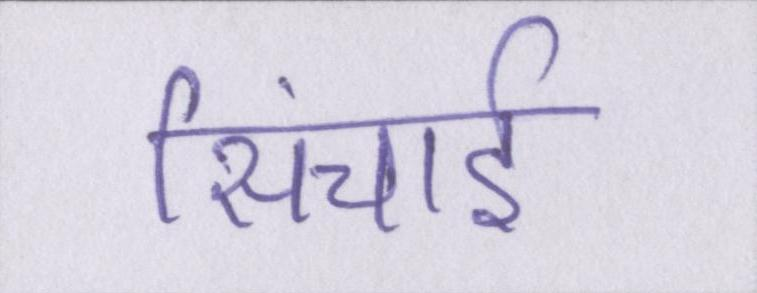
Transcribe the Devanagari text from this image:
सिंचाई